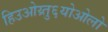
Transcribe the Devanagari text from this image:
हिउओय्र्तु६योओलो